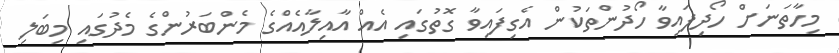
މިހާތަނަށް ހޯދިފައިވާ ހޯދުންތަކުން އެގިފައިވާ ގޮތުގައި އެއް އާއިލާއެއްގެ މެންބަރުންގެ މެދުގައި މިބަލި